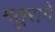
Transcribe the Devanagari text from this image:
मतुरागे